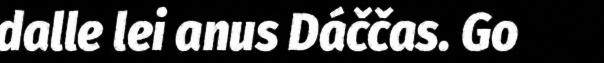
dalle lei anus Dáččas. Go